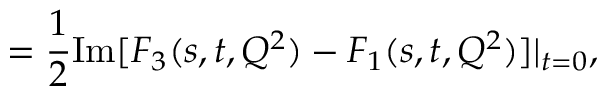
\quad \quad \quad \; \; \; = \frac { 1 } { 2 } \mathrm { I m } [ F _ { 3 } ( s , t , Q ^ { 2 } ) - F _ { 1 } ( s , t , Q ^ { 2 } ) ] | _ { t = 0 } ,